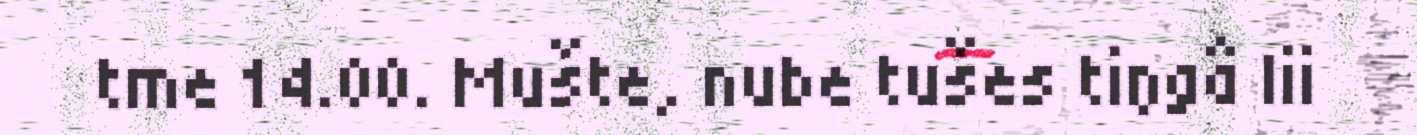
tme 14.00. Mušte, nube tušes tiŋgâ lii